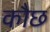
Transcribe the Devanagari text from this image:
कौछ